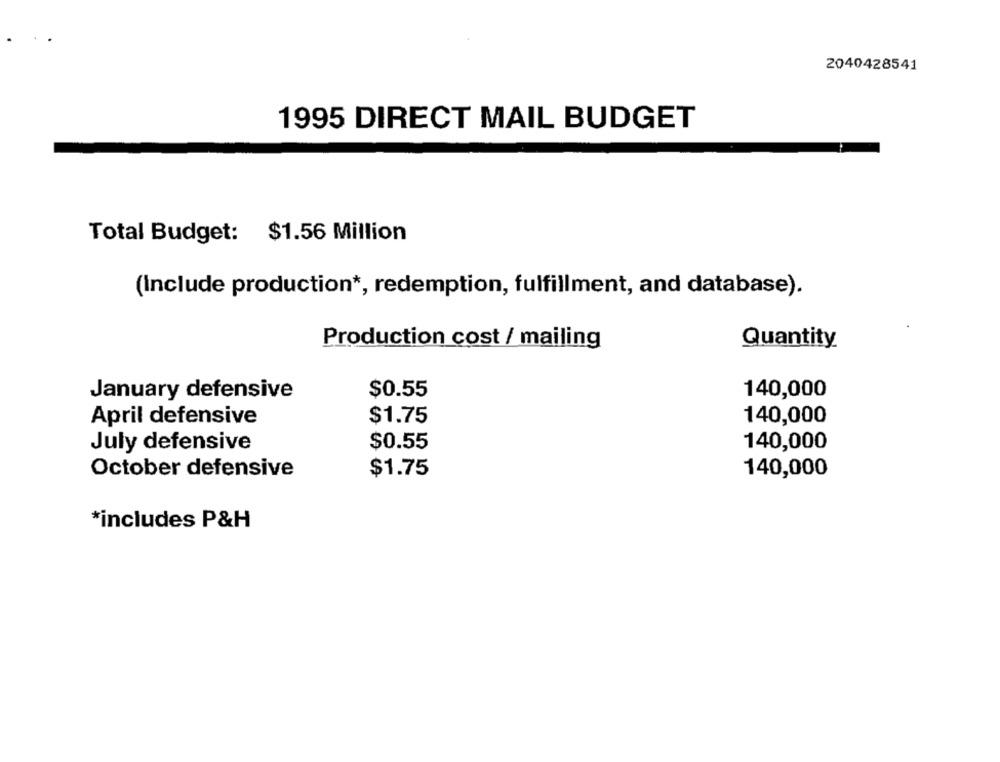
2040428541
1995 DIRECT MAIL BUDGET
Total Budget: $1.56 Million
(Include production *, redemption, fulfillment, and database).
Production cost / mailing
Quantity
January defensive
$0.55
140,000
$1.75
140,000
April defensive
July defensive
$0.55
140,000
October defensive
$1.75
140,000
*includes P&H